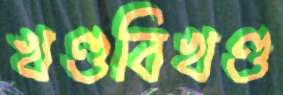
খণ্ডবিখণ্ড